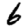
Digit: 6